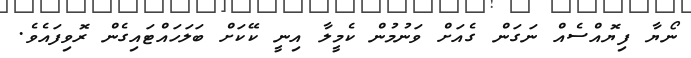
ނޯޔާ ފިޔޮއްސެއް ނަގަން ގެއަށް ވަނުމުން ކެމީލާ އިނީ ކޭކަށް ބަލަހައްޓައިގެން ރޮވިފައެވެ.